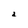
Character: a